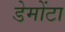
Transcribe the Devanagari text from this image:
डेमोंटा